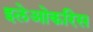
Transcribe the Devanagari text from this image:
इलेओकरिस